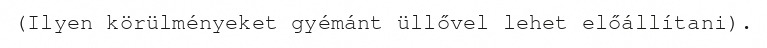
(Ilyen körülményeket gyémánt üllővel lehet előállítani).